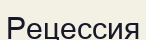
Рецессия